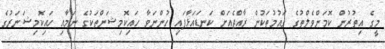
މީގެ އިތުރުން ކޮމަންވެލްތުގެ ގައުމުތަކުން ރާއްޖެއަށް ކަނޑައަޅާފައި ހުންނަވާ ހައިކޮމިޝަންތަކުގެ ނަމާއި ހައިކޮމިޝަނަރުގެ